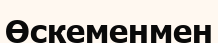
Өскеменмен